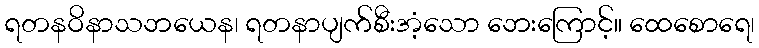
ရတနဝိနာသဘယေန၊ ရတနာပျက်စီးအံ့သော ဘေးကြောင့်။ ထေစောရေ၊